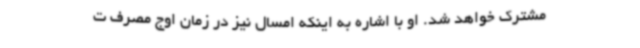
مشترک خواهد شد. او با اشاره به اینکه امسال نیز در زمان اوج مصرف ت